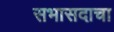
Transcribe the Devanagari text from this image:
सभासदाचा